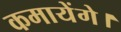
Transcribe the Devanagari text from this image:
कमायेंगे।